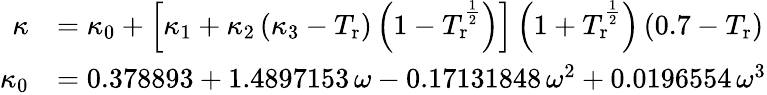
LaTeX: {\begin{array}{rl}{\kappa}&{=\kappa_{0}+\left[\kappa_{1}+\kappa_{2}\left(\kappa_{3}-T_{\mathrm{r}}\right)\left(1-T_{\mathrm{r}}^{\frac{1}{2}}\right)\right]\left(1+T_{\mathrm{r}}^{\frac{1}{2}}\right)\left(0.7-T_{\mathrm{r}}\right)}\\ {\kappa_{0}}&{=0.378893+1.4897153\, \omega-0.17131848\, \omega^{2}+0.0196554\, \omega^{3}}\end{array}}